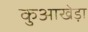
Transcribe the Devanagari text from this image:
कुआखेड़ा